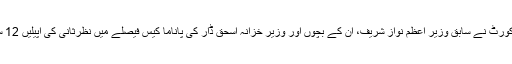
پاکستان کی سب سے بڑی عدالت سپریم کورٹ نے سابق وزیر اعظم نواز شریف، ان کے بچوں اور وزیر خزانہ اسحٰق ڈار کی پاناما کیس فیصلے میں نظرثانی کی اپیلیں 12 ستمبر کو سماعت کے لیے مقرر کر دیں۔